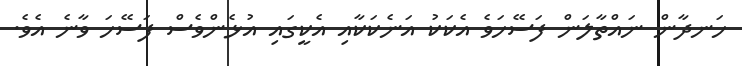
ހަނދާން ނައްތާލަން ފަސޭހަވެ އެކަކު އަނެކަކާއި އެކީގައި އުޅެންވެސް ފަސޭހަ ވާނެ އެވެ.